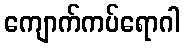
ကျောက်ကပ်ရောဂါ